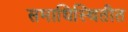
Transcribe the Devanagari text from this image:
समाधिस्थितीत